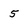
Character: 5